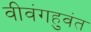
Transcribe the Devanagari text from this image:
वीवंगहुवंत